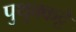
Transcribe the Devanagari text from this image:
पुथुक्कट्टै